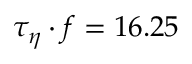
\tau _ { \eta } \cdot f = 1 6 . 2 5